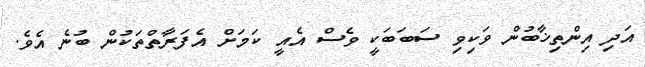
އަދި އިންތިޚާބުން ވަކިވި ސަބަބަކީ ވެސް އެއީ ކަމަށް އެފަރާތްތަކުން ބުނެ އެވެ.